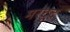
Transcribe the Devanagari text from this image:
मरदूद